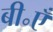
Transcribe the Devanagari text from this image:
बी॰एँ